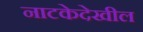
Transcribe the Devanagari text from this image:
नाटकेदेखील